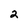
Character: 2